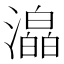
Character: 㵿